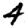
Digit: 4